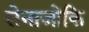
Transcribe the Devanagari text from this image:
सेनाजोकि